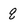
Character: q